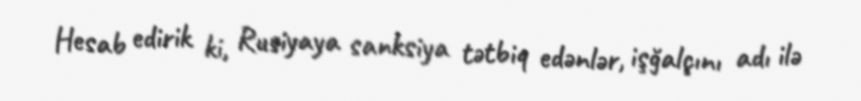
Hesab edirik ki, Rusiyaya sanksiya tətbiq edənlər, işğalçını adı ilə